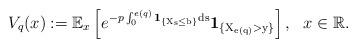
LaTeX: \begin{align*}V_q(x):=\mathbb E_x\left[e^{-p\int_{0}^{e(q)}\rm{\bf{1}}_{\{X_s \leq b\}}ds}\rm{\bf{1}}_{\{X_{e(q)}>y\}}\right], \ \ x \in \mathbb R.\end{align*}